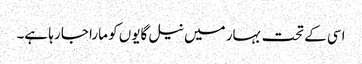
اسی کے تحت بہار میں نیل گایوں کو مارا جا رہا ہے۔